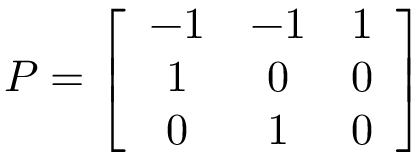
P = \left[ \begin{array} { c c c } { - 1 } & { - 1 } & { 1 } \\ { 1 } & { 0 } & { 0 } \\ { 0 } & { 1 } & { 0 } \end{array} \right]